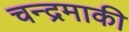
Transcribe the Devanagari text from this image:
चन्द्रमाकी